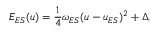
E _ { E S } ( u ) = \frac { 1 } { 4 } \omega _ { E S } ( u - u _ { E S } ) ^ { 2 } + \Delta ,